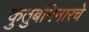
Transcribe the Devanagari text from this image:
कुतुबमिनारचे